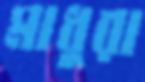
মাধুরা